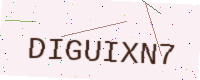
Text: DIGUIXN7